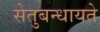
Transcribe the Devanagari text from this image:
सेतुबन्धायते